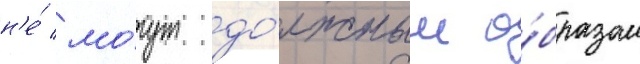
н'е́ мо́гут до́лжным о́бразом